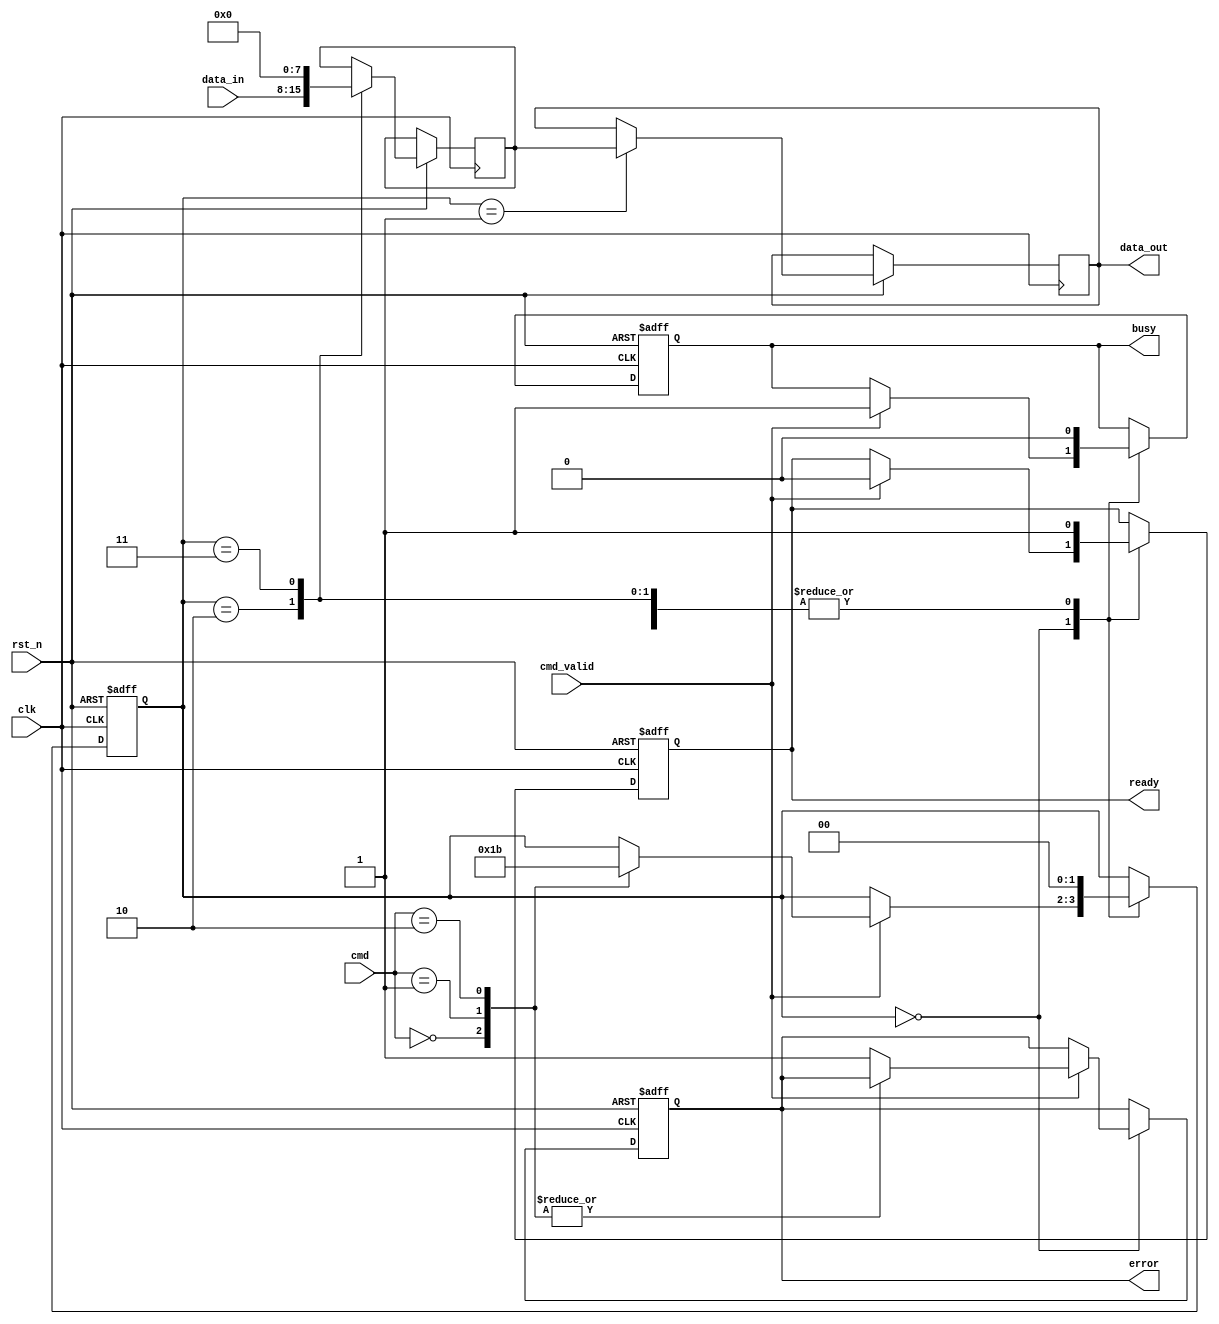
module TLC_NAND_IO_Block (
    input wire clk,               // System clock
    input wire rst_n,             // Active low reset
    input wire [7:0] data_in,     // Data input from external controller
    input wire cmd_valid,          // Command valid signal
    input wire [2:0] cmd,          // Command (0: Read, 1: Write, 2: Erase)
    output reg [7:0] data_out,     // Data output to external controller
    output reg busy,               // Busy signal
    output reg ready,              // Ready signal
    output reg error               // Error signal
);

    // Internal signals
    reg [7:0] status_reg;          // Status register
    reg [7:0] data_latch;          // Data latch for read/write operations
    reg [1:0] state;               // State machine for operation control

    // State encoding
    localparam IDLE      = 2'b00;
    localparam READ      = 2'b01;
    localparam WRITE     = 2'b10;
    localparam ERASE     = 2'b11;

    // Command decoder
    always @(posedge clk or negedge rst_n) begin
        if (!rst_n) begin
            state <= IDLE;
            busy <= 0;
            ready <= 1;
            error <= 0;
        end else begin
            case (state)
                IDLE: begin
                    if (cmd_valid) begin
                        busy <= 1;
                        ready <= 0;
                        case (cmd)
                            3'b000: state <= READ;   // Read command
                            3'b001: state <= WRITE;  // Write command
                            3'b010: state <= ERASE;   // Erase command
                            default: error <= 1;      // Invalid command
                        endcase
                    end
                end

                READ: begin
                    // Simulate read operation
                    data_out <= data_latch; // Output the data read
                    state <= IDLE;           // Go back to IDLE
                    busy <= 0;
                    ready <= 1;
                end

                WRITE: begin
                    // Simulate write operation
                    data_latch <= data_in;   // Latch the input data
                    state <= IDLE;           // Go back to IDLE
                    busy <= 0;
                    ready <= 1;
                end

                ERASE: begin
                    // Simulate erase operation
                    data_latch <= 8'b00000000; // Reset data latch to default state
                    state <= IDLE;           // Go back to IDLE
                    busy <= 0;
                    ready <= 1;
                end

                default: state <= IDLE; // Default to IDLE
            endcase
        end
    end

    // Status register update
    always @(posedge clk) begin
        if (busy) begin
            status_reg <= 8'b00000001; // Busy status
        end else if (ready) begin
            status_reg <= 8'b00000010; // Ready status
        end else if (error) begin
            status_reg <= 8'b00000011; // Error status
        end
    end

endmodule